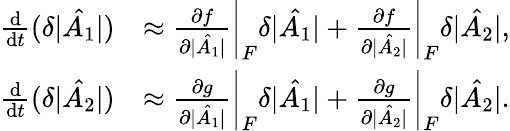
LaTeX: \begin{array}{rl}{\frac{\mathrm{d}}{\mathrm{d}t}(\delta|\hat{A_{1}}|)}&{\approx\left.\frac{\partial f}{\partial|\hat{A_{1}}|}\right|_{F}\delta|\hat{A_{1}}|+\left.\frac{\partial f}{\partial|\hat{A_{2}}|}\right|_{F}\delta|\hat{A_{2}}|,}\\ {\frac{\mathrm{d}}{\mathrm{d}t}(\delta|\hat{A_{2}}|)}&{\approx\left.\frac{\partial g}{\partial|\hat{A_{1}}|}\right|_{F}\delta|\hat{A_{1}}|+\left.\frac{\partial g}{\partial|\hat{A_{2}}|}\right|_{F}\delta|\hat{A_{2}}|.}\end{array}